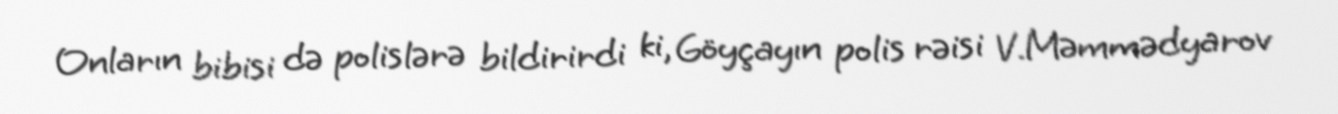
Onların bibisi də polislərə bildirirdi ki, Göyçayın polis rəisi V.Məmmədyarov